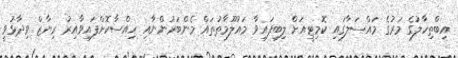
އިބްތިހާލުގެ މަރުގެ މައްސަލާގައި ކޮމިޓީއަށް ލިބިފައިވާ މައުލޫމާތުތައް މެންބަރުންނާއި ހިއްސާކޮށްފައިވާއިރު ރިޔާޒް ވިދާޅުވީ